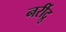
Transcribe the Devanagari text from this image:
नरींद्रु